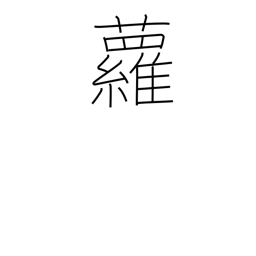
Meaning: ivy